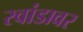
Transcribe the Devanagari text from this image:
रवांडावर